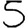
Digit: 5